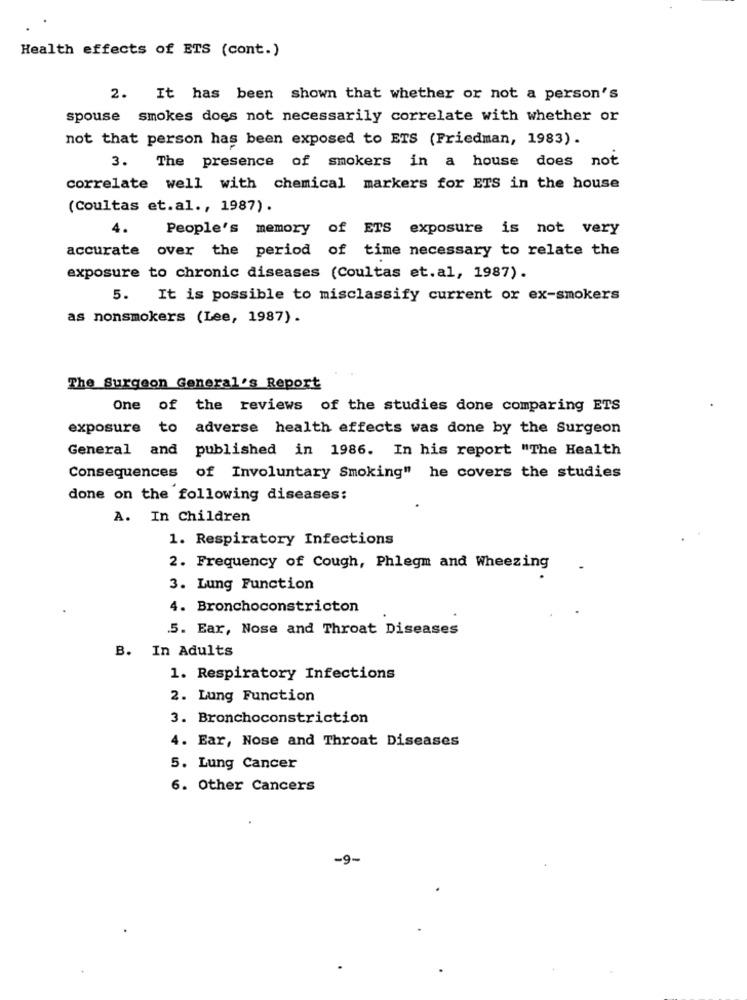
Health effects of ETS (cont.)
2. It has been shown that whether or not a person's
spouse smokes does not necessarily correlate with whether or
not that person has been exposed to ETS (Friedman, 1983).
3. The presence of smokers in a house does not
correlate well with chemical markers for ETS in the house
(Coultas et.al ., 1987).
4.
People's memory of ETS exposure is not very
accurate over the period of time necessary to relate the
exposure to chronic diseases (Coultas et.al, 1987).
5. It is possible to misclassify current or ex-smokers
as nonsmokers (Lee, 1987).
The Surgeon General's Report
One of the reviews of the studies done comparing ETS
exposure to adverse health effects was done by the Surgeon
General and published in 1986. In his report "The Health
Consequences of Involuntary Smoking" he covers the studies
done on the following diseases:
A. In Children
1. Respiratory Infections
2. Frequency of Cough, Phlegm and Wheezing
3. Lung Function
4. Bronchoconstricton
5. Ear, Nose and Throat Diseases
B. In Adults
1. Respiratory Infections
2. Lung Function
3. Bronchoconstriction
4. Ear, Nose and Throat Diseases
5. Lung Cancer
6. Other Cancers
-9-